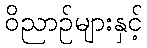
ဝိညာဉ်များနှင့်